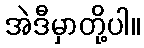
အဲဒီမှာတို့ပါ။